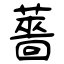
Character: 薔